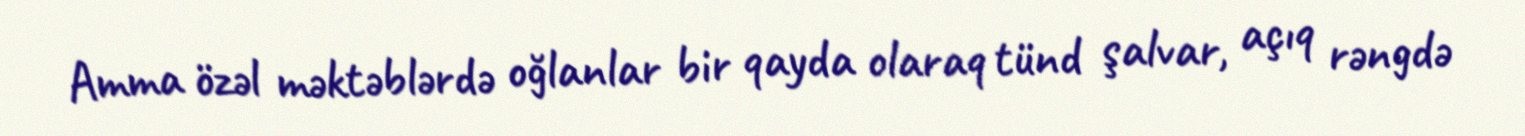
Amma özəl məktəblərdə oğlanlar bir qayda olaraq tünd şalvar, açıq rəngdə